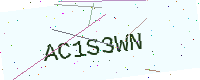
Text: AC1S3WN